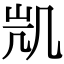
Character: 𭂲